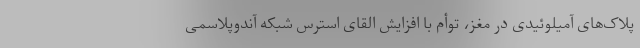
پلاک‌های آمیلوئیدی در مغز، توأم با افزایش القای استرس شبکه آندوپلاسمی